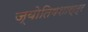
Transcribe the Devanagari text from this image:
ज्याेतिषशास्त्र